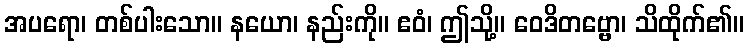
အပရော၊ တစ်ပါးသော။ နယော၊ နည်းကို။ ဧဝံ၊ ဤသို့။ ဝေဒိတဗ္ဗော၊ သိထိုက်၏။